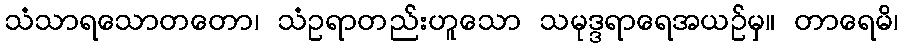
သံသာရသောတတော၊ သံဥရာတည်းဟူသော သမုဒ္ဒရာရေအယဉ်မှ။ တာရေမိ၊